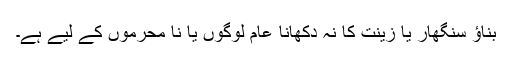
بناؤ سنگھار یا زینت کا نہ دکھانا عام لوگوں یا نا محرموں کے لیے ہے۔